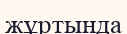
жұртында